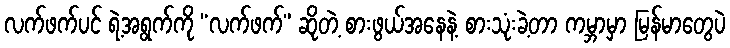
လက်ဖက်ပင် ရဲ့အရွက်ကို “လက်ဖက်” ဆိုတဲ့ စားဖွယ်အနေနဲ့ စားသုံးခဲ့တာ ကမ္ဘာမှာ မြန်မာတွေပဲ